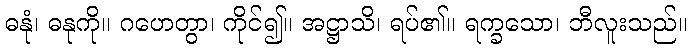
ဓနုံ၊ ဓနုကို။ ဂဟေတွာ၊ ကိုင်၍။ အဋ္ဌာသိ၊ ရပ်၏။ ရက္ခသော၊ ဘီလူးသည်။